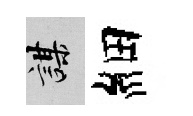
謀細